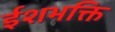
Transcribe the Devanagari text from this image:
ईशभक्ति